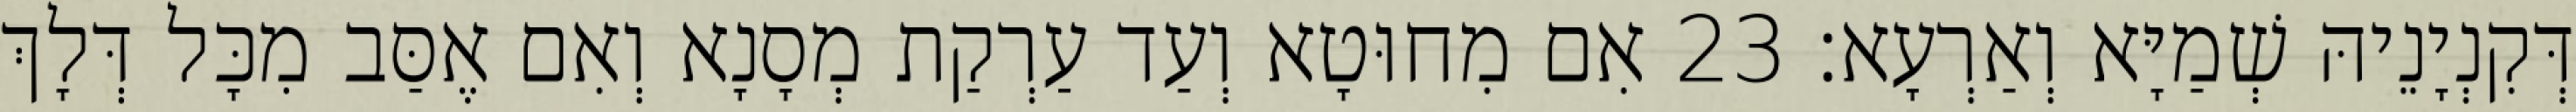
דְּקִנְיָנֵיהּ שְׁמַיָּא וְאַרְעָא׃ 23 אִם מִחוּטָא וְעַד עַרְקַת מְסָנָא וְאִם אֶסַּב מִכָּל דְּלָךְ